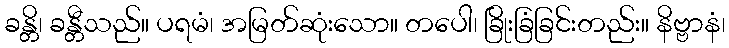
ခန္တိ၊ ခန္တီသည်။ ပရမံ၊ အမြတ်ဆုံးသော။ တပေါ၊ ခြိုးခြံခြင်းတည်း။ နိဗ္ဗာနံ၊